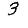
Digit: 3